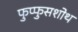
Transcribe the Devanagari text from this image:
फुप्फुसशोथ